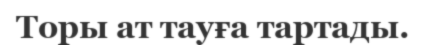
Торы ат тауға тартады.